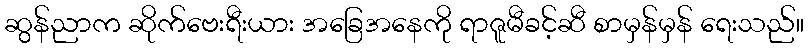
ဆွန်ညာက ဆိုက်ဗေးရီးယား အခြေအနေကို ရာဇူမီခင့်ဆီ စာမှန်မှန် ရေးသည်။